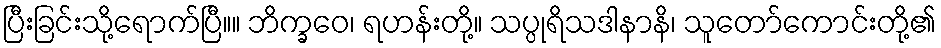
ပြီးခြင်းသို့ရောက်ပြီ။။ ဘိက္ခဝေ၊ ရဟန်းတို့။ သပ္ပုရိသဒါနာနိ၊ သူတော်ကောင်းတို့၏